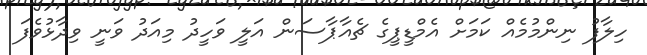
ހިލާފު ނިންމުމެއް ކަމަށް އެމްޑީޕީގެ ޗެއާޕާސަން އަލީ ވަހީދު މިއަދު ވަނީ ވިދާޅުވެފަ